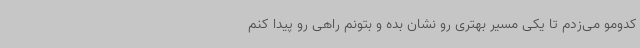
کدومو می‌زدم تا یکی مسیر بهتری رو نشان بده و بتونم راهی رو پیدا کنم